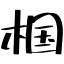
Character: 椢